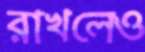
রাখলেও